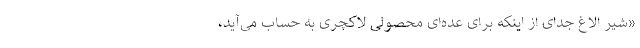
«شیر الاغ جدای از اینکه برای عده‌ای محصولی لاکچری به حساب می‌آید،